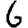
Digit: 6